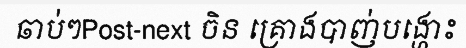
ឆាប់ៗPost-next ចិន គ្រោងបាញ់បង្ហោះ